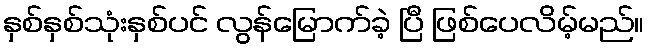
နှစ်နှစ်သုံးနှစ်ပင် လွန်မြောက်ခဲ့ ပြီ ဖြစ်ပေလိမ့်မည်။